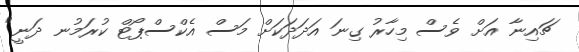
ޗައިނާ އަށް ވެސް މިހާރު ގިނަ އަދަދަކަށް މަސް އެކްސްޕޯޓް ކުރަމުނ ދަނީ"